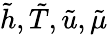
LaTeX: {\tilde{h}},{\tilde{T}},{\tilde{u}},{\tilde{\mu}}